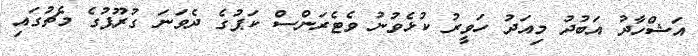
އަޝްހާދު އަބުދު މިއަދު ހަވީރު ކުޅެވުނު ވެޓެރަންސް ކަޕުގެ ދެވަނަ ގުރޫޕުގެ މެޗުގައި